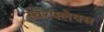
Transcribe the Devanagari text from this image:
स्वेरफ्लेक्स